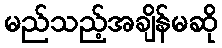
မည်သည့်အချိန်မဆို